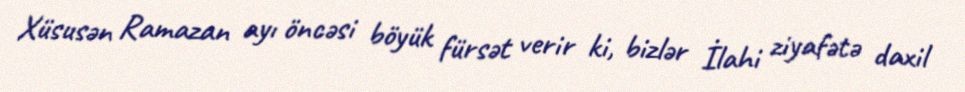
Xüsusən Ramazan ayı öncəsi böyük fürsət verir ki, bizlər İlahi ziyafətə daxil